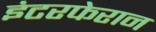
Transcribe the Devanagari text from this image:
इंटरफेरान